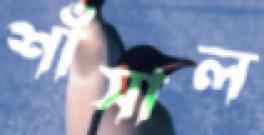
শাঁসাল